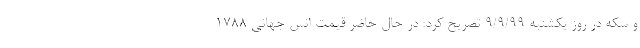
و سکه در روز یکشنبه 9/9/99 تصریح کرد: در حال حاضر قیمت انس جهانی 1788